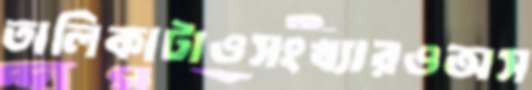
তালিকাটাওসংখ্যারওঅস